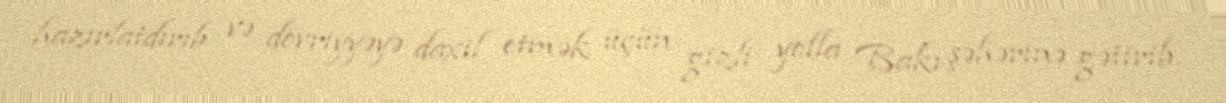
hazırlatdırıb və dövriyyəyə daxil etmək üçün gizli yolla Bakı şəhərinə gətirib.